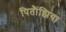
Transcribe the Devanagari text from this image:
पितौंझिया